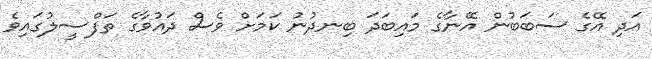
އަދި އޭގެ ސަބަބުން އޭނާގެ މައިބަދަ ބިނދުނު ކަމަށް ވެސް ދައުވާގެ ތަފްސީލުގައިވެ